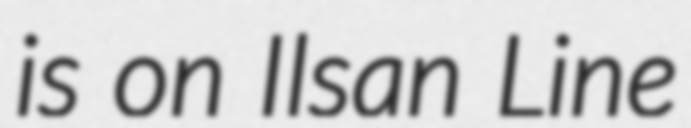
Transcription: is on Ilsan Line